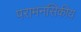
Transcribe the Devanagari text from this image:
परामनसिकीय